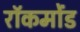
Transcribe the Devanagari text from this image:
रॉकमोंड